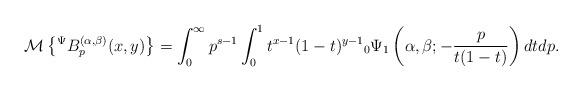
LaTeX: \begin{align*}\mathcal{M}\left\lbrace {}^{\Psi}B_{p}^{(\alpha,\beta)}(x,y)\right\rbrace =\int_{0}^{\infty}p^{s-1}\int_{0}^{1}t^{x-1}(1-t)^{y-1}{}_{0}\Psi_{1}\left( \alpha,\beta;-\frac{p}{t(1-t)}\right) dtdp.\end{align*}